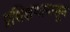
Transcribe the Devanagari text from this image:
प्रशिक्षणापासून